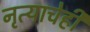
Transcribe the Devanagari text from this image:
नृत्याचेही